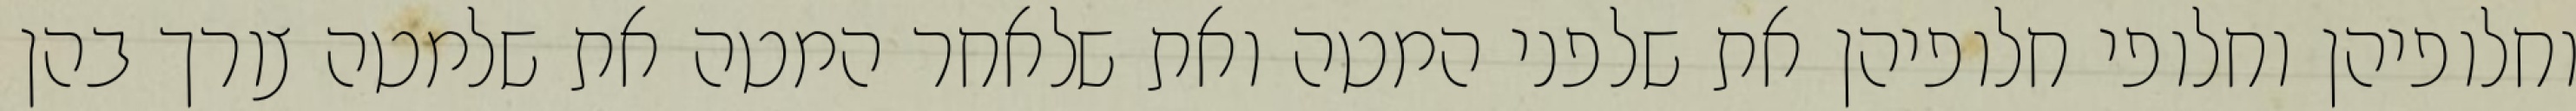
וחלופיהן וחלופי חלופיהן את שלפני המטה ואת שלאחר המטה את שלמטה צורך בהן